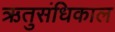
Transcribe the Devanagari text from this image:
ऋतुसंधिकाल